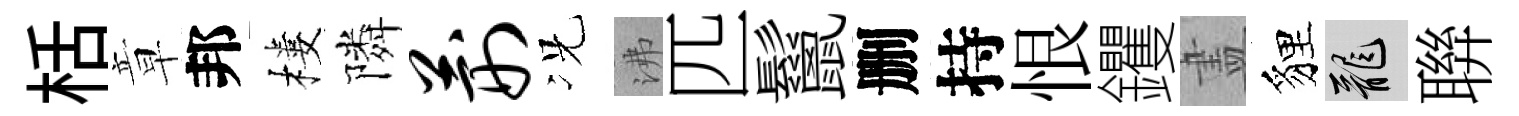
栝章邦樓隣荆况沸匹鬣删持恨钁𥁞貍龍聨